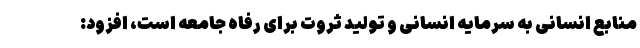
منابع انسانی به سرمایه انسانی و تولید ثروت برای رفاه جامعه است، افزود: